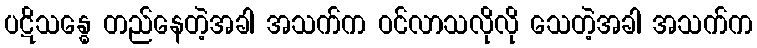
ပဋိသန္ဓေ တည်နေတဲ့အခါ အသက်က ဝင်လာသလိုလို သေတဲ့အခါ အသက်က